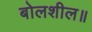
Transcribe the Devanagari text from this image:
बोलशील॥